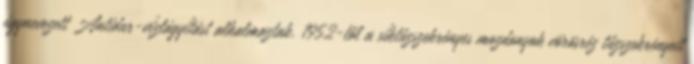
úgynevezett Antidur-vízlágyítást alkalmaztak. 1952-től a síktűzszekrényes mozdonyok vörösréz tűzszekrényeit